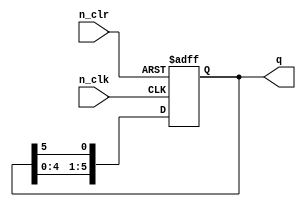
module ALS_Contador_Anel (
  input n_clk,
  input n_clr,
  output reg [5:0] q
);
  
    always @(negedge n_clk or negedge n_clr) begin
      if (!n_clr)
        q <= 6'b000001;
      else begin
        q <= q<<1;
        q[0] <= q[5];
      end
    end

endmodule